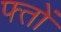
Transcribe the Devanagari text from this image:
फ्तों